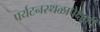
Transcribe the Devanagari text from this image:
पर्यटनस्थळापेक्षाही